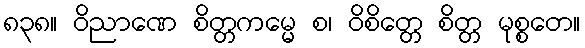
၈၃၈။ ဝိညာဏေ စိတ္တကမ္မေ စ၊ ဝိစိတ္တေ စိတ္တ မုစ္စတေ။